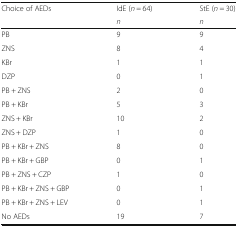
| <ROWSPAN=2> Choice of AEDs | IdE (n = 64) | StE (n = 30) |
 | n | n |
 | --- | --- | --- |
 | PB | 9 | 9 |
 | ZNS | 8 | 4 |
 | KBr | 1 | 1 |
 | DZP | 0 | 1 |
 | PB + ZNS | 2 | 0 |
 | PB + KBr | 5 | 3 |
 | ZNS + KBr | 10 | 2 |
 | ZNS + DZP | 1 | 0 |
 | PB + KBr + ZNS | 8 | 0 |
 | PB + KBr + GBP | 0 | 1 |
 | PB + ZNS + CZP | 1 | 0 |
 | PB + KBr + ZNS + GBP | 0 | 1 |
 | PB + KBr + ZNS + LEV | 0 | 1 |
 | No AEDs | 19 | 7 |